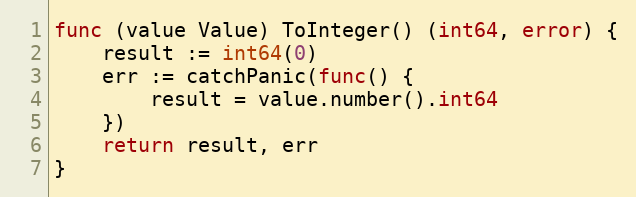
Language: Go
func (value Value) ToInteger() (int64, error) {
	result := int64(0)
	err := catchPanic(func() {
		result = value.number().int64
	})
	return result, err
}